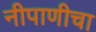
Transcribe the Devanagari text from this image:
नीपाणीचा